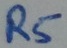
Text: R5